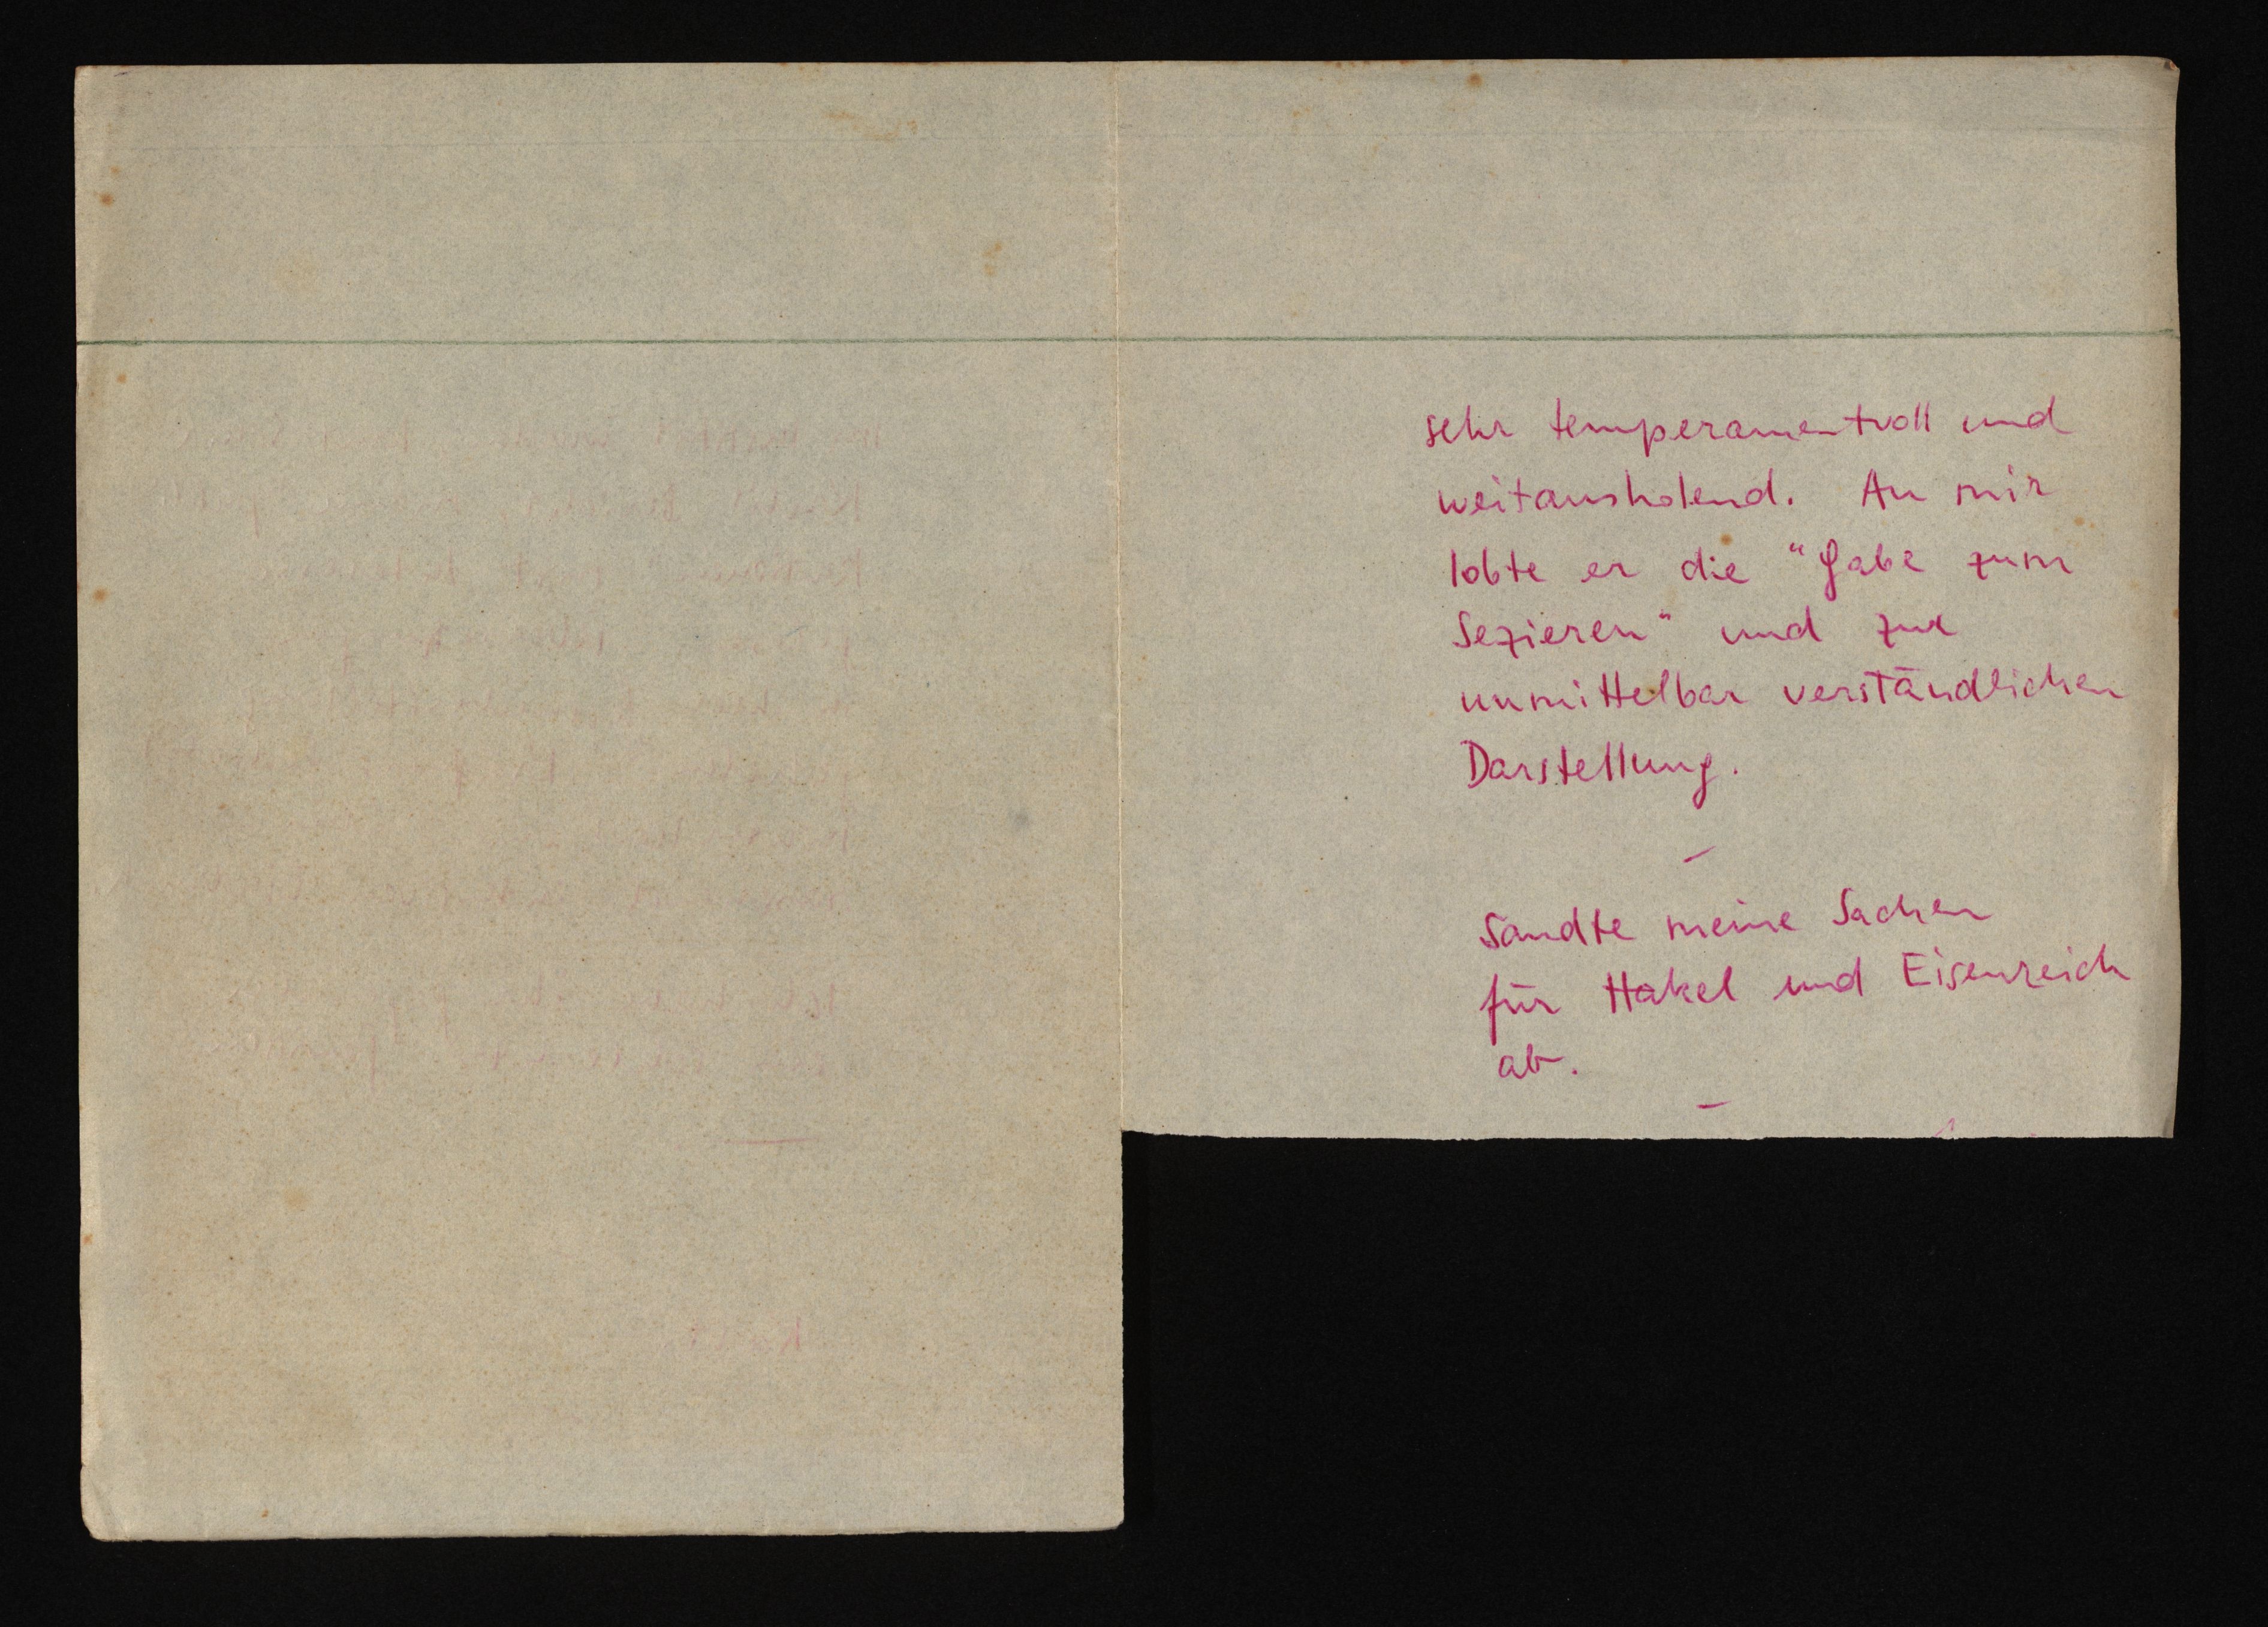
sehr temparamentvoll und
weitausholend. An mir
lobte er die "Gabe zum
Sezieren" und zur
unmittelbar verständlichen
Darstellung.
Sandte meine Sachen
für Hakel und Eisenreich
ab.